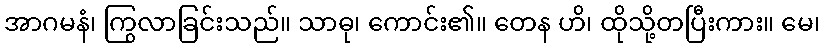
အာဂမနံ၊ ကြွလာခြင်းသည်။ သာဓု၊ ကောင်း၏။ တေန ဟိ၊ ထိုသို့တပြီးကား။ မေ၊